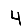
Digit: 4